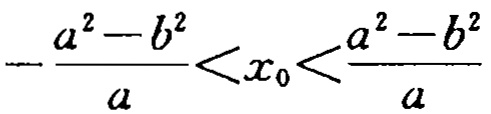
\(-\frac{a^{2}-b^{2}}{a}<x_{0}<\frac{a^{2}-b^{2}}{a}\)